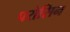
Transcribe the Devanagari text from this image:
परोसिन